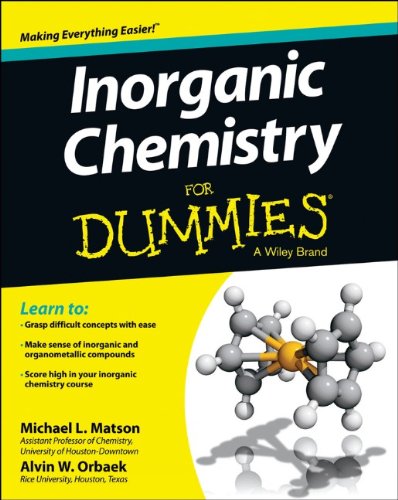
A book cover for Inorganic Chemistry For Dummies; Michael Matson; Science & Math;